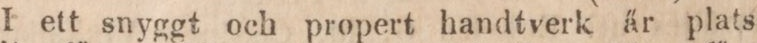
I ett snyggt och propert handtverk är plats